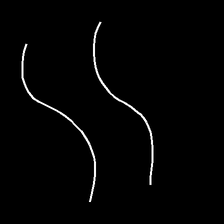
Glyph: float